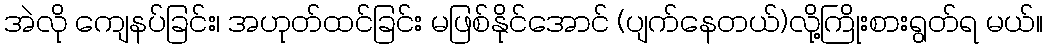
အဲလို ကျေနပ်ခြင်း၊ အဟုတ်ထင်ခြင်း မဖြစ်နိုင်အောင် (ပျက်နေတယ်)လို့ကြိုးစားရွတ်ရ မယ်။